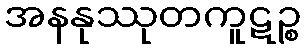
အနနုဿုတကူဋဉ္စ